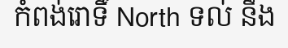
កំពង់រោទិ៍ North ទល់ នឹង